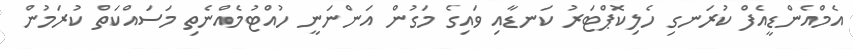
އެމްއެންޑީއެފް ކުރަނގި ހެލިކޮޕްޓަރު ކަނޑާއި ވައިގެ މަގުން އަންނަނީ ހުއްޓުމެއްނެތި މަސައްކަތް ކުރަމުން